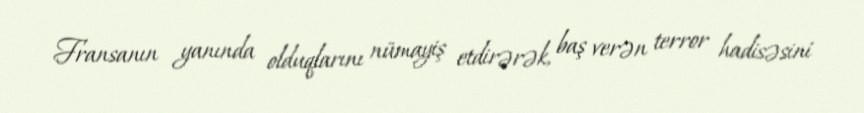
Fransanın yanında olduqlarını nümayiş etdirərək, baş verən terror hadisəsini